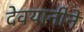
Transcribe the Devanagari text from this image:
देवयानीने